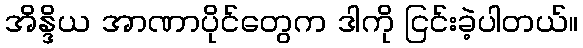
အိန္ဒိယ အာဏာပိုင်တွေက ဒါကို ငြင်းခဲ့ပါတယ်။